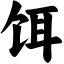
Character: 饵